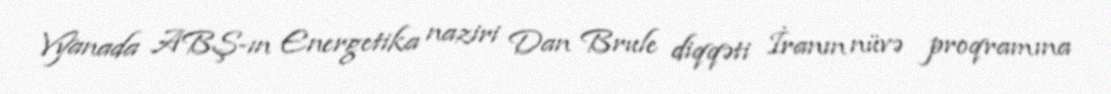
Vyanada ABŞ-ın Energetika naziri Dan Brule diqqəti İranın nüvə proqramına